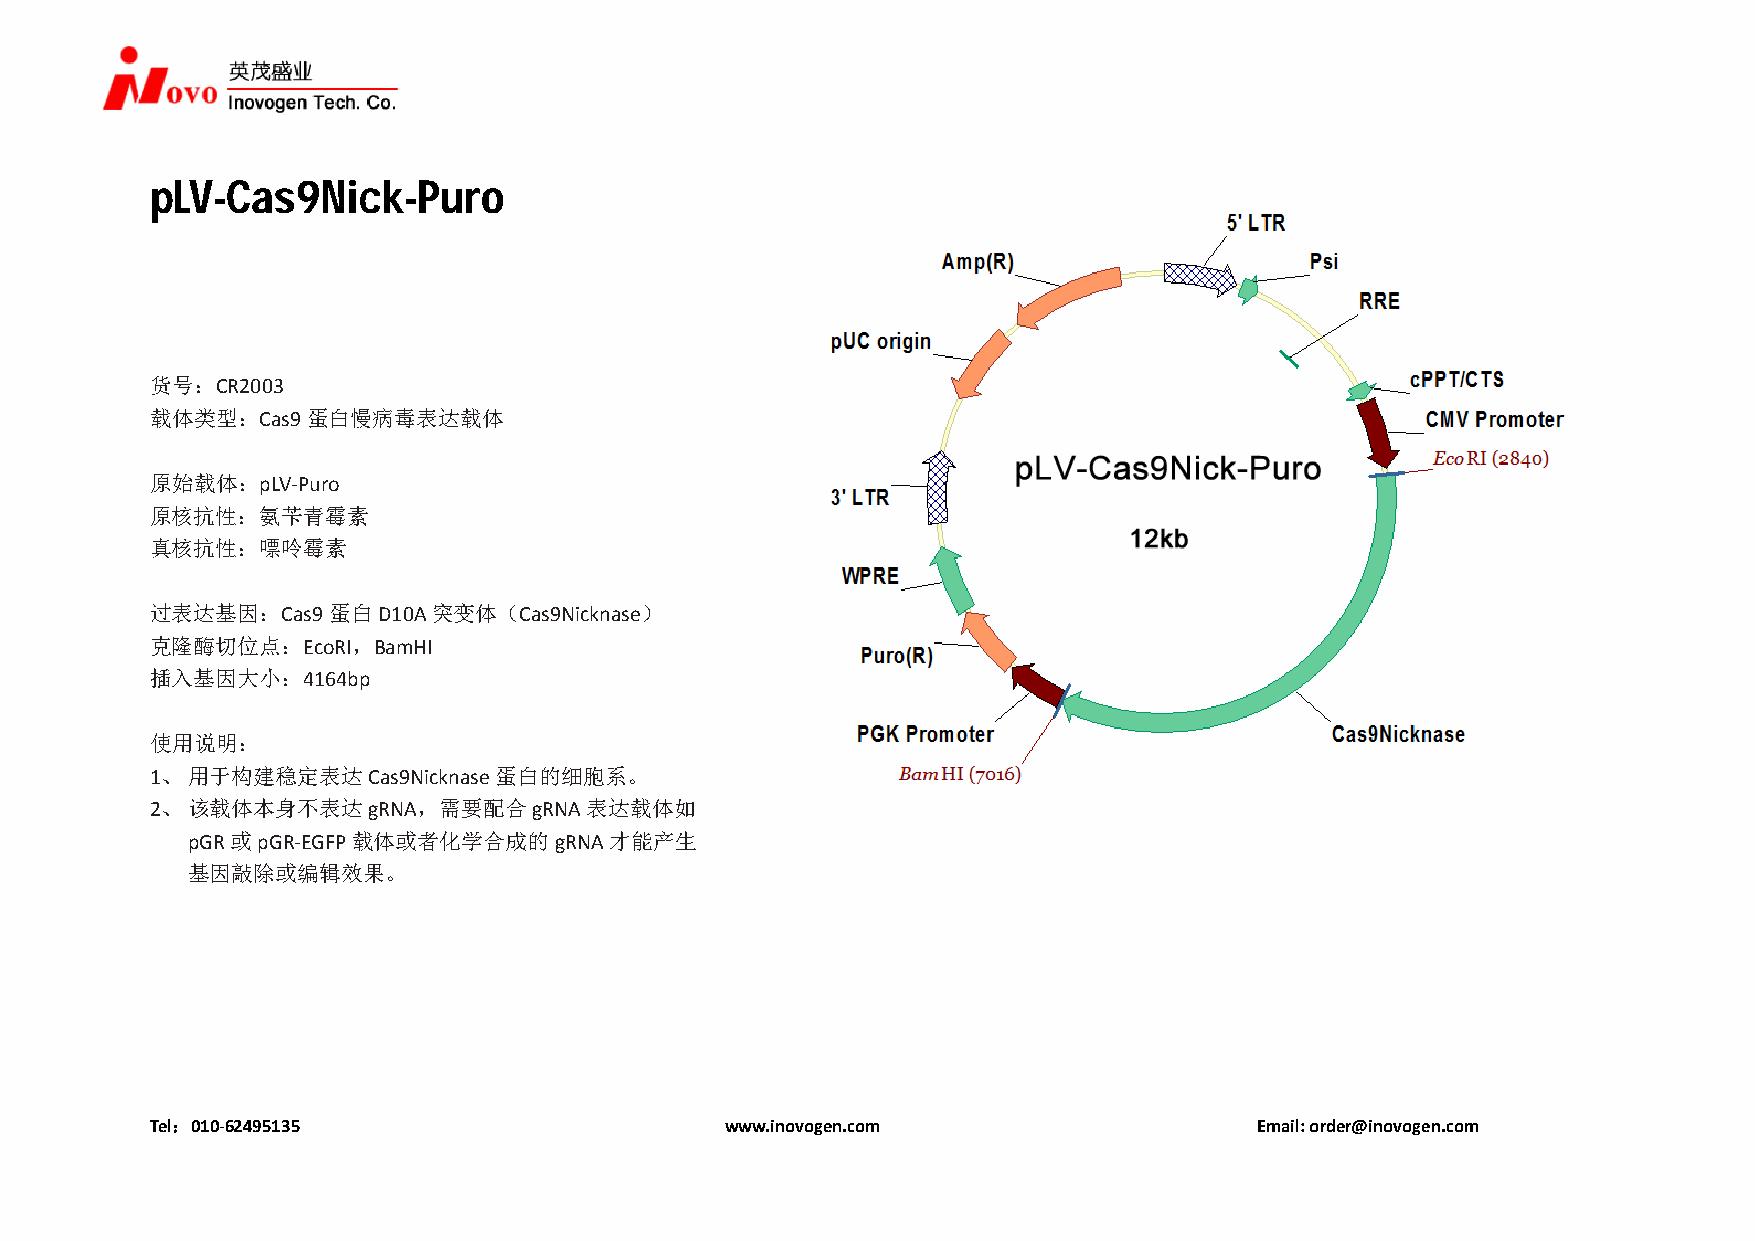
pLV-Cas9Nick-Puro
 货号：CR2003
 载体类型：Cas9蛋白慢病毒表达载体
 原始载体：pLV‐Puro
 原核抗性：氨苄青霉素
 真核抗性：嘌呤霉素
 过表达基因：Cas9蛋白D10A突变体（Cas9Nicknase）
 克隆酶切位点：EcoRI，BamHI
 插入基因大小：4164bp
 使用说明：
 1、 用于构建稳定表达Cas9Nicknase蛋白的细胞系。
 2、 该载体本身不表达gRNA，需要配合gRNA表达载体如
 pGR或pGR‐EGFP载体或者化学合成的gRNA才能产生
 基因敲除或编辑效果。
 Tel：010‐62495135                      www.inovogen.com                   Email: order@inovogen.com